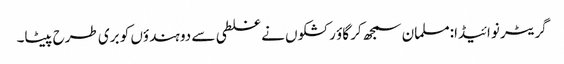
گریٹر نوائیڈا:مسلمان سمجھ کر گاؤ رکشکوں نے غلطی سے دو ہندؤں کو بری طرح پیٹا۔